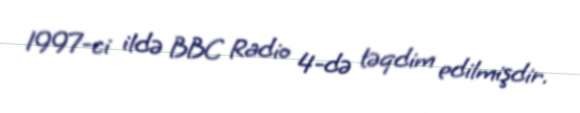
1997-ci ildə BBC Radio 4-də təqdim edilmişdir.